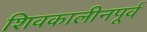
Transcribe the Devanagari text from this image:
शिवकालीनपूर्व